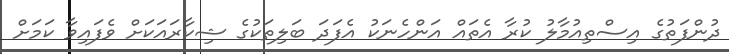
ދުންފަތުގެ އިސްތިއުމާލު ކުރާ އެތައް އަންހެނަކު އެފަދަ ބަލިތަކުގެ ޝިކާރައަކަށް ވެފައިވާ ކަމަށް